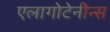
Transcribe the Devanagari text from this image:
एलागोटेनीन्स